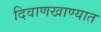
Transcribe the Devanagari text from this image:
दिवाणखाण्यात